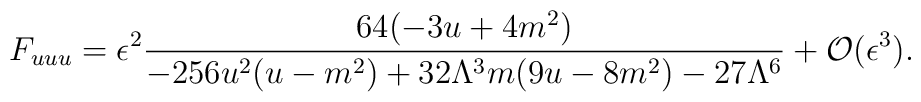
F_{uuu}={{\epsilon^2}}\frac{64(-3u+4m^2)}{-256u^2(u-m^2)+32\Lambda^3m(9u-8m^2)-27\Lambda^6}+{\cal O}(\epsilon^3).